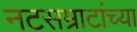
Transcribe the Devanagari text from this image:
नटसम्राटांच्या